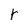
Character: r